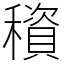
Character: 䆅